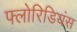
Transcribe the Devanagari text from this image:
फ्लोरिडियंस